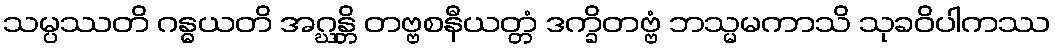
သမ္ပဿတိ ဂန္ဓယတိ အဂ္ဃန္တိ တဗ္ဗစနီယတ္တံ ဒက္ခိတဗ္ဗံ ဘသ္မမကာသိ သုခဝိပါကဿ